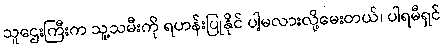
သူဌေးကြီးက သူ့သမီးကို ရဟန်းပြုနိုင် ပါ့မလားလို့မေးတယ်၊ ပါရမီရှင်